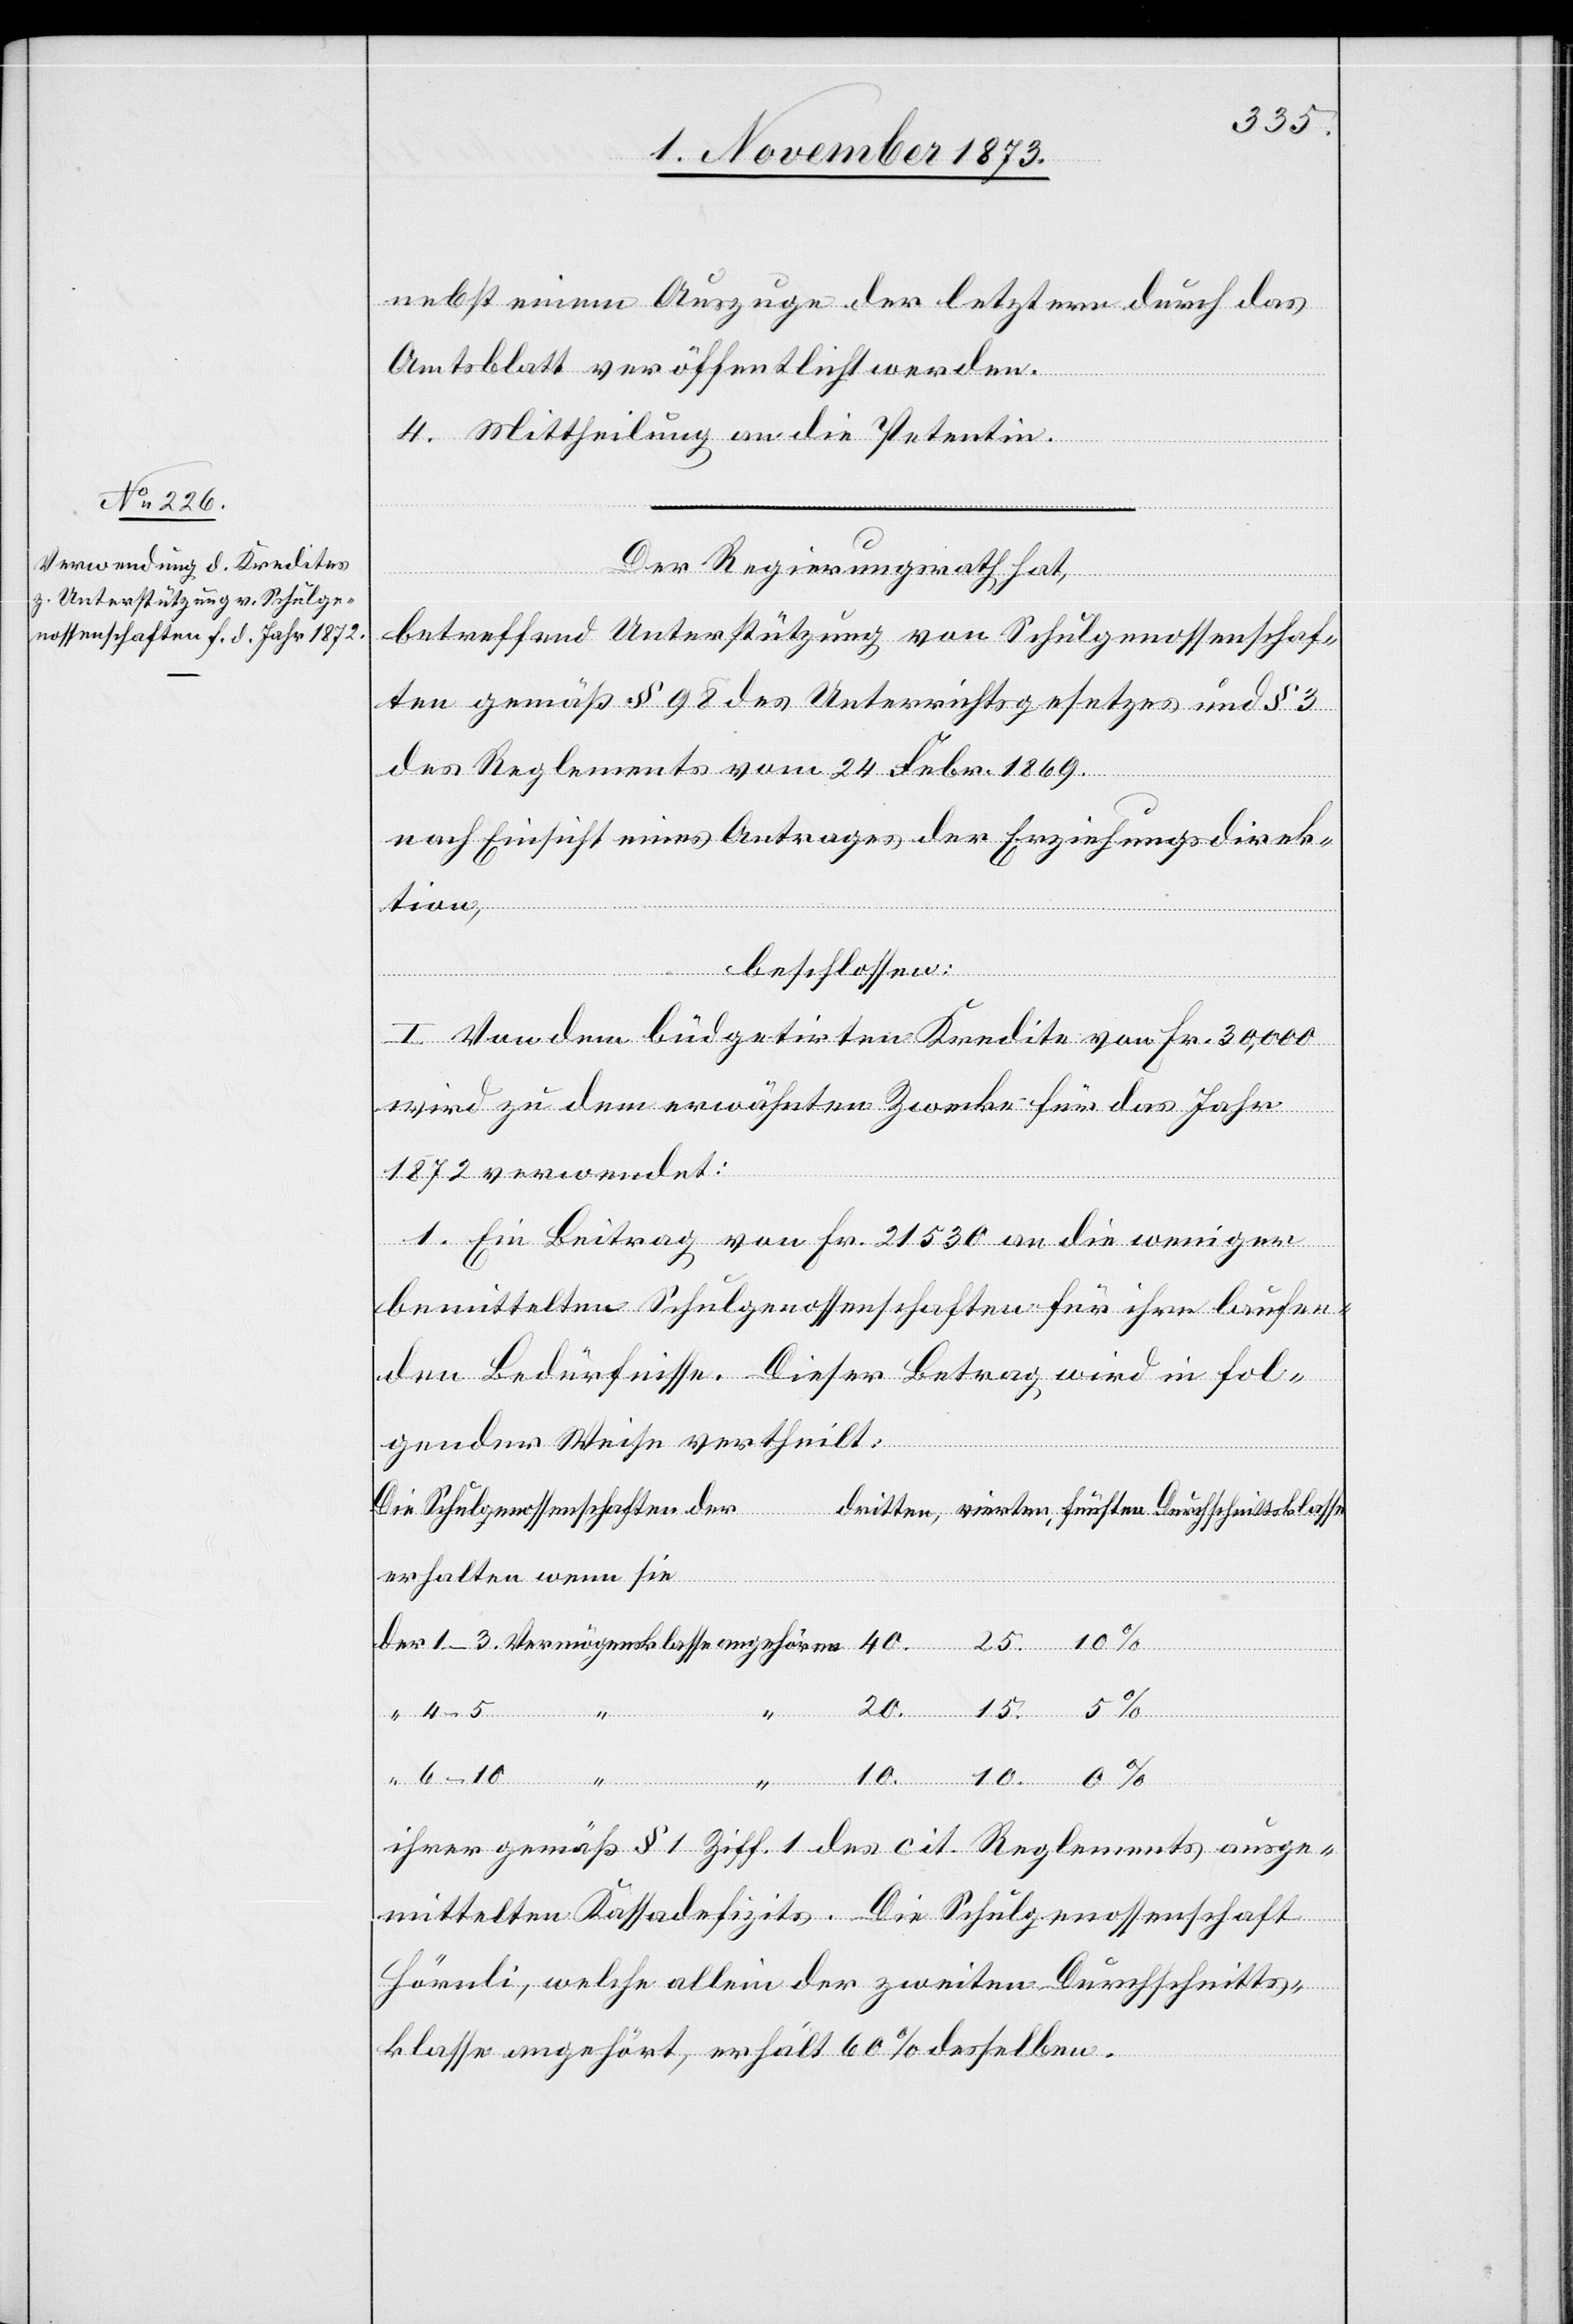
nebst einem Auszuge der letztern durch das
Amtsblatt veröffentlicht werden.
4. Mittheilung an die Petentin.
Der Regierungsrath hat,
betreffend Unterstützung von Schulgenossenschaf¬
ten gemäß § 98 des Unterrichtsgesetzes und § 3
des Reglements vom 24 Febr. 1869.
nach Einsicht eines Antrages der Erziehungsdirek¬
ihrer
ten,
beschlossen:
I. Von dem büdgetirten Kredite von Fr. 30,000
wird zu dem erwähnten Zwecke für das Jahr
1872 verwendet:
1. Ein Beitrag von Fr. 21 530 an die weniger
bemittelten Schulgenossenschaften für ihre laufen¬
den Bedürfnisse. Dieser Betrag wird in fol¬
gender Weise vertheilt:
Die Schulgenossenschaften der
erhalten wenn sie
Reglements ausge¬
10.
mittelten Kassadefizits. Die Schulgenossenschaft
Hörnli, welche allein der zweiten Durchschnitts¬
klasse angehört, erhält 60% desselben.